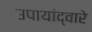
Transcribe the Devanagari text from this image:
उपायांद्वारे